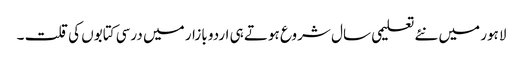
لاہور میں نئے تعلیمی سال شروع ہوتے ہی اردو بازار میں درسی کتابوں کی قلت ۔